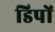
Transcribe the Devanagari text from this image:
डिपों